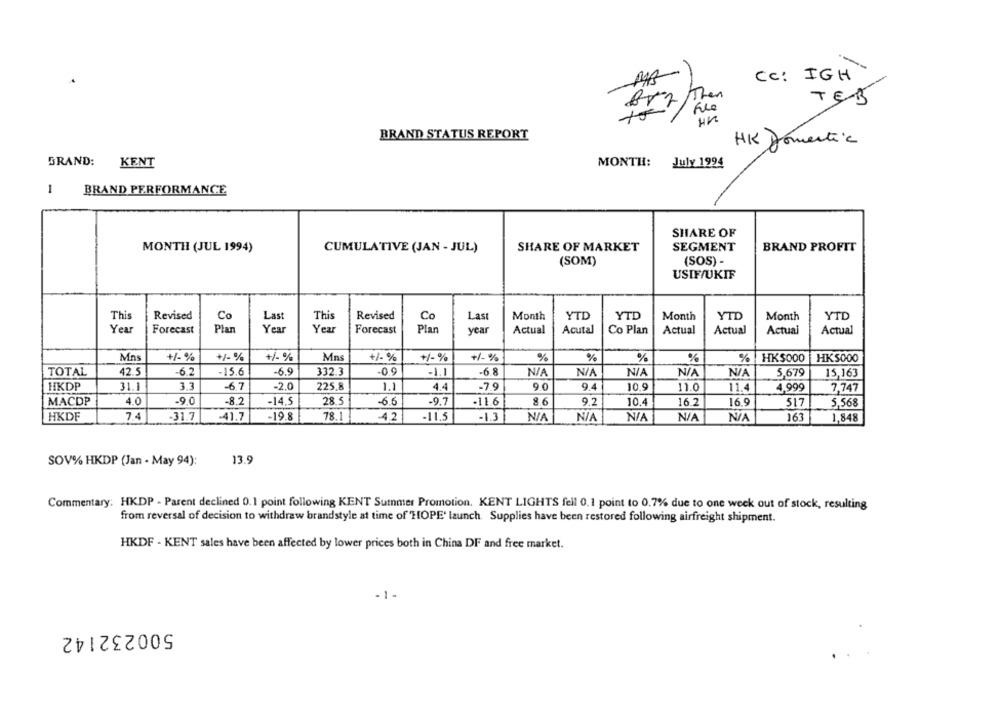
Cc: IGH
Bry /Then
TEB
un
BRAND STATUS REPORT
HK Domestic
GRAND:
KENT
MONTH:
July 1994
1
BRAND PERFORMANCE
SHARE OF
MONTH (JUL 1994)
CUMULATIVE (JAN - JUL)
SHARE OF MARKET
SEGMENT
BRAND PROFIT
(SOM)
(SOS) -
USIF/UKIF
This
Revised
This
Revised
Month
YTD
YTD
Month
YTD
Month
YTD
Co
Last
Co
Last
Year
Forecast
Plan
Year
Year
Forecast
Plan
year
Actual
Acutal
Co Plan
Actual
Actual
Actual
Actual
Mas
+/- %
+/- %
+% %
Mns
+/- %
+1-%
+1%
%
%
%
%
%
HKS000
HKS000
TOTAL
42.5
-6.2
-15.6
-6.9
332.3
-0.9
-1.1
-6 8
5,679
15,163
HKDP
31.1
3.3
-6.7
-2.0
225.8
1.1
4.4
-7.9
90
94
10.9
11.0
11.4
4.999
7,747
MACDP
4.0
-9.0
-8.2
-14.5
28.5
-6.6
-9.7
-11.6
8.6
9.2
10.4
16.2
16.9
517
5,568
HKDF
7.4
31.7
-41.7
-19.8
78.1
-4.2
-11,5
-1.3
163
1,848
13.9
SOV% HKDP (Jan - May 94):
Commentary: HKDP - Parent declined 0.1 point following KENT Summer Promotion. KENT LIGHTS fell 0.1 point to 0.7% due to one week out of stock, resulting
from reversal of decision to withdraw brandstyle at time of HOPE' launch. Supplies have been restored following airfreight shipment.
HKDF - KENT sales have been affected by lower prices both in China DF and free market.
. 1-
500232142